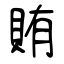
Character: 賄